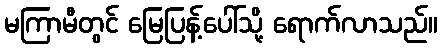
မကြာမီတွင် မြေပြန့်ပေါ်သို့ ရောက်လာသည်။